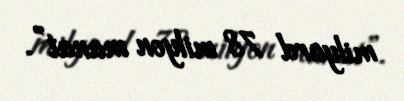
milyard 78 milyon manat”.